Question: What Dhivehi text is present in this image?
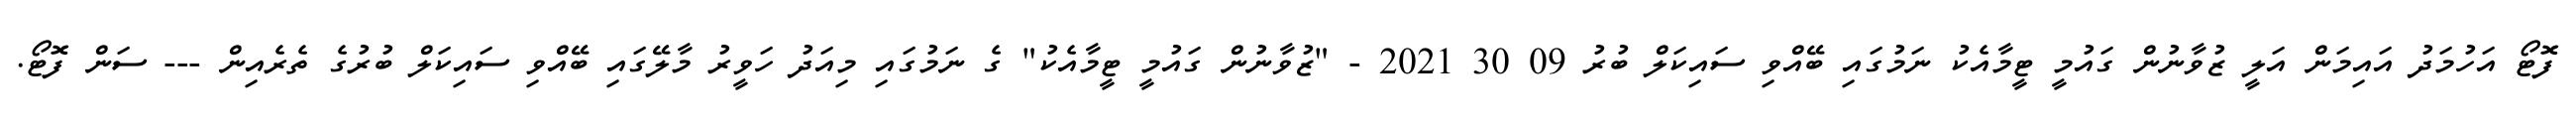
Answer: ފޮޓޯ އަހުމަދު އައިމަން އަލީ ޒުވާނުން ގައުމީ ޓީމާއެކު ނަމުގައި ބޭއްވި ސައިކަލް ބުރު 09 30 2021 - "ޒުވާނުން ގައުމީ ޓީމާއެކު" ގެ ނަމުގައި މިއަދު ހަވީރު މާލޭގައި ބޭއްވި ސައިކަލް ބުރުގެ ތެރެއިން --- ސަން ފޮޓޯ.